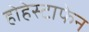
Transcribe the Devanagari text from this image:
होहेस्टाफेन